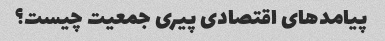
پیامدهای اقتصادی پیری جمعیت چیست؟